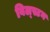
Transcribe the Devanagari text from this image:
बिल्स्टन